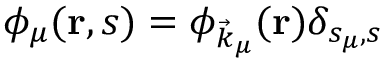
\phi _ { \mu } ( \mathbf { r } , s ) = \phi _ { \vec { k } _ { \mu } } ( \mathbf { r } ) \delta _ { s _ { \mu } , s }